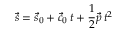
{ \vec { s } } = { \vec { s } } _ { 0 } + { \vec { c } } _ { 0 } \, t + { \frac { 1 } { 2 } } { \vec { p } } \, t ^ { 2 }